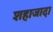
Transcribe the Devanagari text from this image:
शहाजादा